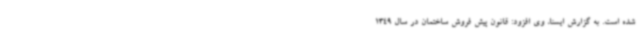
شده است. به گزارش ایسنا، وی افزود: قانون پیش فروش ساختمان در سال 1349